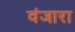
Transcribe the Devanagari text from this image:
वंजारा